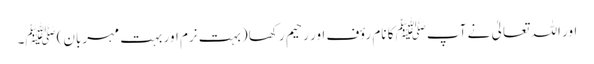
اور اللہ تعالیٰ نے آپﷺ کا نام رؤف اور رحیم رکھا (بہت نرم اور بہت مہربان)ﷺ۔